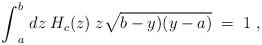
LaTeX: \begin{align*}{\int}_a^b \; dz \; H_c(z) \; z \sqrt{b-y)(y-a)} \; = \;1\;,\end{align*}